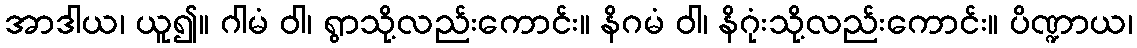
အာဒါယ၊ ယူ၍။ ဂါမံ ဝါ၊ ရွာသို့လည်းကောင်း။ နိဂမံ ဝါ၊ နိဂုံးသို့လည်းကောင်း။ ပိဏ္ဍာယ၊